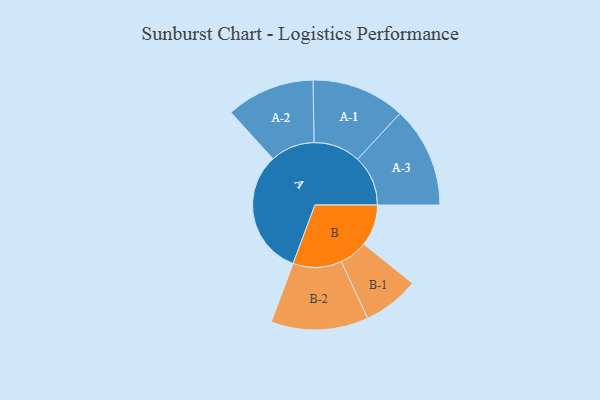
{"axis": {"x": "Segment", "y": "Value"}, "legend": ["", "A", "B"], "data": [{"x": "A", "y": 490, "type": ""}, {"x": "B", "y": 162, "type": ""}, {"x": "A-1", "y": 183, "type": "A"}, {"x": "A-2", "y": 173, "type": "A"}, {"x": "A-3", "y": 197, "type": "A"}, {"x": "B-1", "y": 110, "type": "B"}, {"x": "B-2", "y": 190, "type": "B"}]}